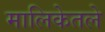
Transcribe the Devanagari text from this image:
मालिकेतले